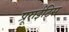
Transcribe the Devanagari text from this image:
प्रूराईटिस